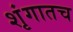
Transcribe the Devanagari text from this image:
शृंगातच